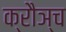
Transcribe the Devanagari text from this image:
क्रौञ्च